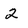
Character: 2